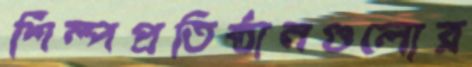
শিল্পপ্রতিষ্ঠানগুলোর